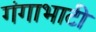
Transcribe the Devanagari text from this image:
गंगाभाटी